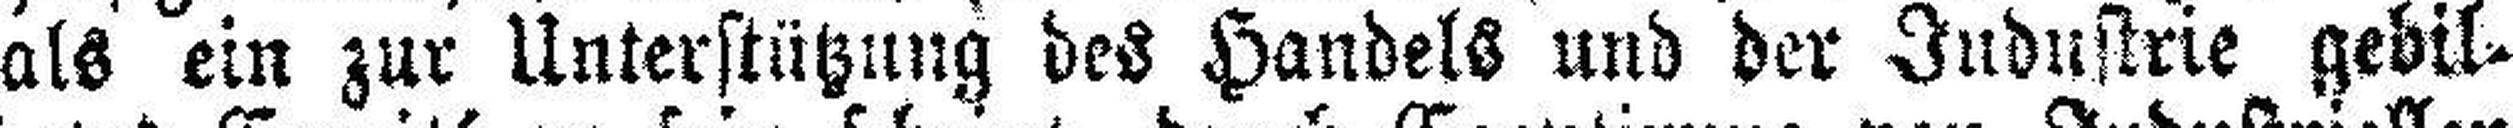
als ein zur Unterstützung des Handels und der Industrie gebil¬